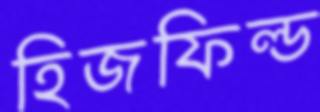
হিজফিল্ড